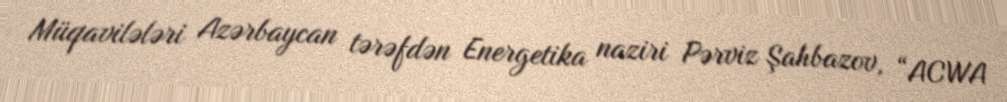
Müqavilələri Azərbaycan tərəfdən Energetika naziri Pərviz Şahbazov, “ACWA